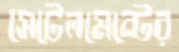
সেটেলমেন্টের